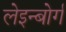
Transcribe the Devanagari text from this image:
लेइन्बोर्ग